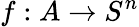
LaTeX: f:A\to S^{n}